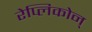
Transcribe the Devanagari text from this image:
रेप्लिकोन्